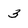
Character: 3